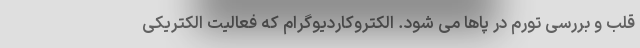
قلب و بررسی تورم در پاها می شود. الکتروکاردیوگرام که فعالیت الکتریکی